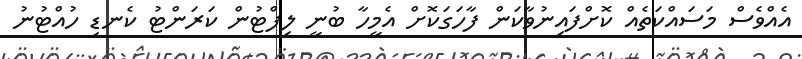
އެއްވެސް މަސައްކަތެއް ކޮށްފައިނުވާކަން ފާހަގަކޮށް އެމީހާ ބުނީ ލިފްޓުން ކަރަންޓު ކެނޑި ހުއްޓުނު